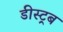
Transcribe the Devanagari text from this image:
डीस्ट्रब